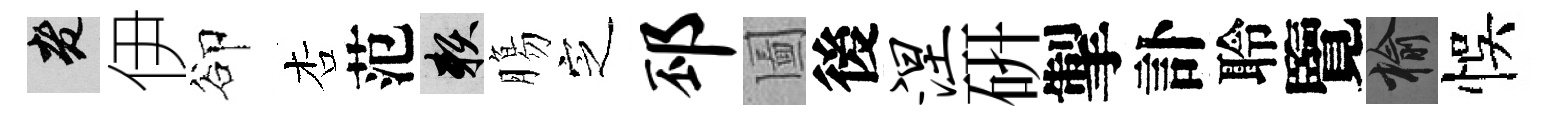
老伊卻杏范賴膓㝎邳圗後涅硏掣訃聆覽榆悞